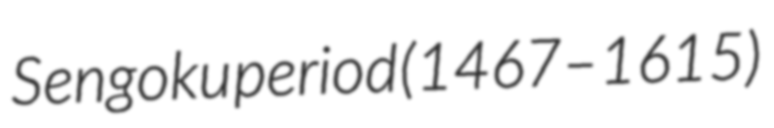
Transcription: Sengoku period (1467–1615)